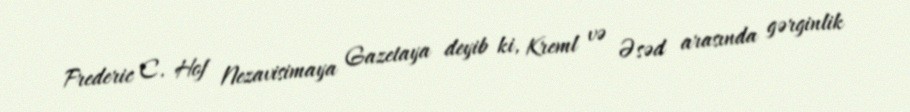
Frederic C. Hof Nezavisimaya Gazetaya deyib ki, Kreml və Əsəd arasında gərginlik